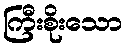
ကြီးစိုးသော